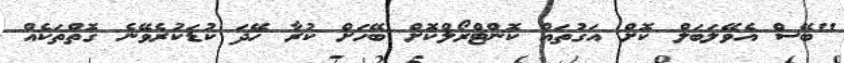
"ބޭސް އެވޭލަބަލް ކޮށް އަގުތައް ކޮންޓްރޯލްކޮށް ބޭހަށް ކުރާ ހޭދަ ކުޑަކުރެވޭނެ ގޮތްތަކެއް